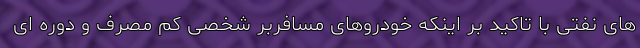
های نفتی با تاکید بر اینکه خودروهای مسافربر شخصی کم مصرف و دوره ای